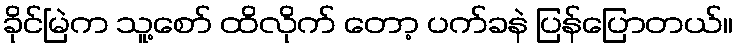
ခိုင်မြဲက သူ့စော် ထိလိုက် တော့ ပက်ခနဲ ပြန်ပြောတယ်။